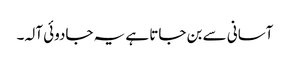
آسانی سے بن جاتا ہے یہ جادوئی آلہ۔